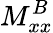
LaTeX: M_{xx}^{B}